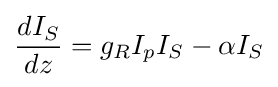
{\frac {dI_{S}}{dz}}=g_{R}I_{p}I_{S}-\alpha I_{S}